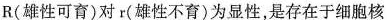
R(雄性可育)对r(雄性不育)为显性，是存在于细胞核